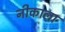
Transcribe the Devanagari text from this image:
नीकाला